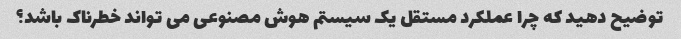
توضیح دهید که چرا عملکرد مستقل یک سیستم هوش مصنوعی می تواند خطرناک باشد؟